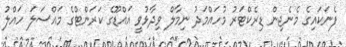
ފެނަކައިގެ މެނެޖިން ޑިރެކްޓަރު މުހައްމަދު ނިމާލް ވިދާޅުވީ އައްޑޫގެ ކަރަންޓްގެ މައްސަލަ ހައްލު